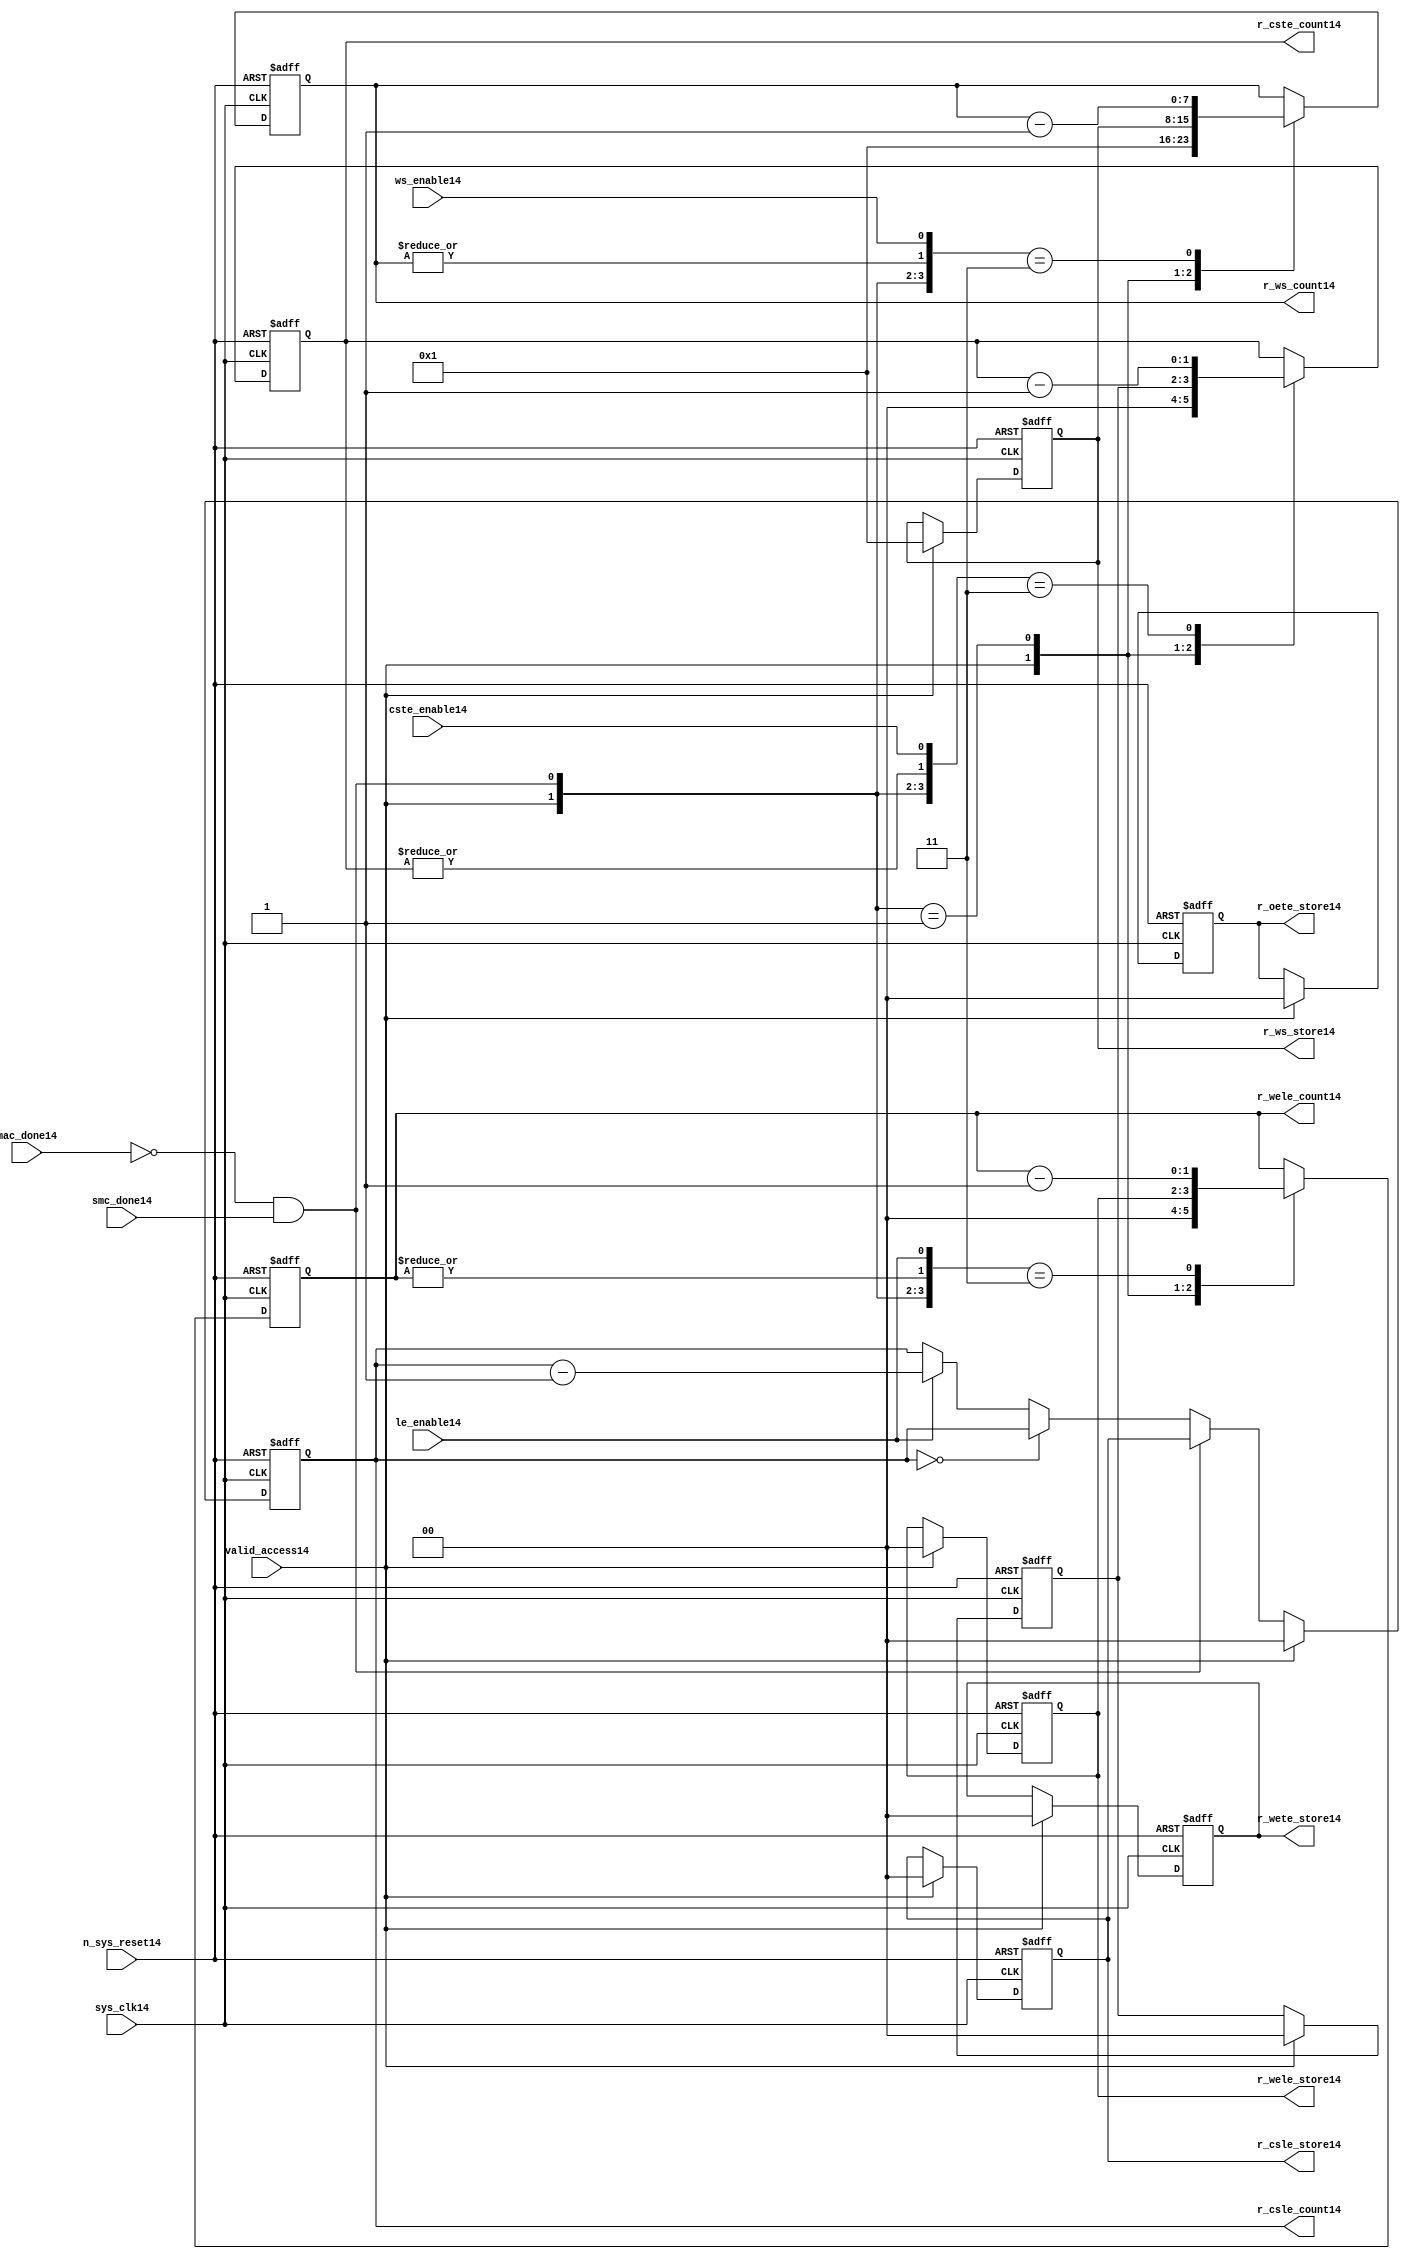
//File14 name   : smc_counter_lite14.v
//Title14       : 
//Created14     : 1999
//Description14 : Counter14 block.
//            : Static14 Memory Controller14.
//            : The counter block provides14 generates14 all cycle timings14
//            : The leading14 edge counts14 are individual14 2bit, loadable14,
//            : counters14. The wait state counter is a count down
//            : counter with a maximum size of 5 bits. The trailing14
//            : edge counts14 are registered for comparison14 with the
//            : wait state counter. The bus float14 (CSTE14) is a
//            : separate14 2bit counter. The initial count values are
//            : stored14 and reloaded14 into the counters14 if multiple
//            : accesses are required14.
//Notes14       : 
//----------------------------------------------------------------------
//   Copyright14 1999-2010 Cadence14 Design14 Systems14, Inc14.
//   All Rights14 Reserved14 Worldwide14
//
//   Licensed14 under the Apache14 License14, Version14 2.0 (the
//   "License14"); you may not use this file except14 in
//   compliance14 with the License14.  You may obtain14 a copy of
//   the License14 at
//
//       http14://www14.apache14.org14/licenses14/LICENSE14-2.0
//
//   Unless14 required14 by applicable14 law14 or agreed14 to in
//   writing, software14 distributed14 under the License14 is
//   distributed14 on an "AS14 IS14" BASIS14, WITHOUT14 WARRANTIES14 OR14
//   CONDITIONS14 OF14 ANY14 KIND14, either14 express14 or implied14.  See
//   the License14 for the specific14 language14 governing14
//   permissions14 and limitations14 under the License14.
//----------------------------------------------------------------------


module smc_counter_lite14  (
                     //inputs14

                     sys_clk14,
                     n_sys_reset14,
                     valid_access14,
                     mac_done14, 
                     smc_done14, 
                     cste_enable14, 
                     ws_enable14,
                     le_enable14, 

                     //outputs14

                     r_csle_count14,
                     r_wele_count14,
                     r_ws_count14,
                     r_ws_store14,
                     r_oete_store14,
                     r_wete_store14,
                     r_wele_store14,
                     r_cste_count14,
                     r_csle_store14);
   

//----------------------------------------------------------------------
// the Wait14 State14 Counter14
//----------------------------------------------------------------------
   
   
   // I14/O14
   
   input     sys_clk14;                  // AHB14 System14 clock14
   input     n_sys_reset14;              // AHB14 System14 reset (Active14 LOW14)
   
   input     valid_access14;             // load14 values are valid if high14
   input     mac_done14;                 // All cycles14 in a multiple access

   //  completed
   
   input                 smc_done14;   // one access completed
   input                 cste_enable14;// Enable14 CS14 Trailing14 Edge14 counter
   input                 ws_enable14;  // Enable14 Wait14 State14 counter
   input                 le_enable14;  // Enable14 all Leading14 Edge14 counters14
   
   // Counter14 outputs14
   
   output [1:0]             r_csle_count14;  //chip14 select14 leading14
                                             //  edge count
   output [1:0]             r_wele_count14;  //write strobe14 leading14 
                                             // edge count
   output [7:0] r_ws_count14;    //wait state count
   output [1:0]             r_cste_count14;  //chip14 select14 trailing14 
                                             // edge count
   
   // Stored14 counts14 for MAC14
   
   output [1:0]             r_oete_store14;  //read strobe14
   output [1:0]             r_wete_store14;  //write strobe14 trailing14 
                                              // edge store14
   output [7:0] r_ws_store14;    //wait state store14
   output [1:0]             r_wele_store14;  //write strobe14 leading14
                                             //  edge store14
   output [1:0]             r_csle_store14;  //chip14 select14  leading14
                                             //  edge store14
   
   
   // Counters14
   
   reg [1:0]             r_csle_count14;  // Chip14 select14 LE14 counter
   reg [1:0]             r_wele_count14;  // Write counter
   reg [7:0] r_ws_count14;    // Wait14 state select14 counter
   reg [1:0]             r_cste_count14;  // Chip14 select14 TE14 counter
   
   
   // These14 strobes14 finish early14 so no counter is required14. 
   // The stored14 value is compared with WS14 counter to determine14 
   // when the strobe14 should end.

   reg [1:0]    r_wete_store14;    // Write strobe14 TE14 end time before CS14
   reg [1:0]    r_oete_store14;    // Read strobe14 TE14 end time before CS14
   
   
   // The following14 four14 regisrers14 are used to store14 the configuration
   // during mulitple14 accesses. The counters14 are reloaded14 from these14
   // registers before each cycle.
   
   reg [1:0]             r_csle_store14;    // Chip14 select14 LE14 store14
   reg [1:0]             r_wele_store14;    // Write strobe14 LE14 store14
   reg [7:0] r_ws_store14;      // Wait14 state store14
   reg [1:0]             r_cste_store14;    // Chip14 Select14 TE14 delay
                                          //  (Bus14 float14 time)

   // wires14 used for meeting14 coding14 standards14
   
   wire         ws_count14;      //ORed14 r_ws_count14
   wire         wele_count14;    //ORed14 r_wele_count14
   wire         cste_count14;    //ORed14 r_cste_count14
   wire         mac_smc_done14;  //ANDed14 smc_done14 and not(mac_done14)
   wire [4:0]   case_cste14;     //concatenated14 signals14 for case statement14
   wire [4:0]   case_wele14;     //concatenated14 signals14 for case statement14
   wire [4:0]   case_ws14;       //concatenated14 signals14 for case statement14
   
   
   
   // Main14 Code14
   
//----------------------------------------------------------------------
// Counters14 (& Count14 Store14 for MAC14)
//----------------------------------------------------------------------


//----------------------------------------------------------------------
// WETE14 Store14
//----------------------------------------------------------------------

always @(posedge sys_clk14 or negedge n_sys_reset14)

begin   

   if (~(n_sys_reset14))
     
      r_wete_store14 <= 2'b00;
   
   
   else if (valid_access14)
     
      r_wete_store14 <= 2'b0;
   
   else
     
      r_wete_store14 <= r_wete_store14;

end
   
//----------------------------------------------------------------------
// OETE14 Store14
//----------------------------------------------------------------------

always @(posedge sys_clk14 or negedge n_sys_reset14)

begin   

   if (~(n_sys_reset14))
     
      r_oete_store14 <= 2'b00;
   
   
   else if (valid_access14)
     
      r_oete_store14 <= 2'b0;
   
   else

      r_oete_store14 <= r_oete_store14;

end
   
//----------------------------------------------------------------------
// CSLE14 Store14
//----------------------------------------------------------------------

always @(posedge sys_clk14 or negedge n_sys_reset14)

begin   

   if (~(n_sys_reset14))
     
      r_csle_store14 <= 2'b00;
   
   
   else if (valid_access14)
     
      r_csle_store14 <= 2'b00;
   
   else
     
      r_csle_store14 <= r_csle_store14;

end
   
//----------------------------------------------------------------------
// CSLE14 Counter14
//----------------------------------------------------------------------

always @(posedge sys_clk14 or negedge n_sys_reset14)

begin   

   if (~(n_sys_reset14))
     
      r_csle_count14 <= 2'b00;
   
   
   else
   begin
        
      if (valid_access14)
        
         r_csle_count14 <= 2'b00;
      
      else if (~(mac_done14) & smc_done14)
        
         r_csle_count14 <= r_csle_store14;
      
      else if (r_csle_count14 == 2'b00)
        
         r_csle_count14 <= r_csle_count14;
      
      else if (le_enable14)               
        
         r_csle_count14 <= r_csle_count14 - 2'd1;
      
      else
        
          r_csle_count14 <= r_csle_count14;
      
     end

end
   
   
//----------------------------------------------------------------------
// CSTE14 Store14
//----------------------------------------------------------------------

always @(posedge sys_clk14 or negedge n_sys_reset14)

begin   

   if (~(n_sys_reset14))

      r_cste_store14 <= 2'b00;

   else if (valid_access14)

      r_cste_store14 <= 2'b0;

   else

      r_cste_store14 <= r_cste_store14;

end
   
   
   
//----------------------------------------------------------------------
//concatenation14 of signals14 to avoid using nested14 ifs14
//----------------------------------------------------------------------

 assign mac_smc_done14 = (~(mac_done14) & smc_done14);
 assign cste_count14   = (|r_cste_count14);           //checks14 for count = 0
 assign case_cste14   = {1'b0,valid_access14,mac_smc_done14,cste_count14,
                       cste_enable14};
   
//----------------------------------------------------------------------
//CSTE14 COUNTER14
//----------------------------------------------------------------------

always @(posedge sys_clk14 or negedge n_sys_reset14)

begin   

   if (~(n_sys_reset14))

      r_cste_count14 <= 2'b00;

   else 
   begin
      casex(case_cste14)
           
        5'b1xxxx:        r_cste_count14 <= r_cste_count14;

        5'b01xxx:        r_cste_count14 <= 2'b0;

        5'b001xx:        r_cste_count14 <= r_cste_store14;

        5'b0000x:        r_cste_count14 <= r_cste_count14;

        5'b00011:        r_cste_count14 <= r_cste_count14 - 2'd1;

        default :        r_cste_count14 <= r_cste_count14;

      endcase // casex(w_cste_case14)
      
   end
   
end

//----------------------------------------------------------------------
// WELE14 Store14
//----------------------------------------------------------------------

always @(posedge sys_clk14 or negedge n_sys_reset14)

begin   

   if (~(n_sys_reset14))

      r_wele_store14 <= 2'b00;


   else if (valid_access14)

      r_wele_store14 <= 2'b00;

   else

      r_wele_store14 <= r_wele_store14;

end
   
   
   
//----------------------------------------------------------------------
//concatenation14 of signals14 to avoid using nested14 ifs14
//----------------------------------------------------------------------
   
   assign wele_count14   = (|r_wele_count14);         //checks14 for count = 0
   assign case_wele14   = {1'b0,valid_access14,mac_smc_done14,wele_count14,
                         le_enable14};
   
//----------------------------------------------------------------------
// WELE14 Counter14
//----------------------------------------------------------------------

always @(posedge sys_clk14 or negedge n_sys_reset14)

begin   
   if (~(n_sys_reset14))

      r_wele_count14 <= 2'b00;

   else
   begin

      casex(case_wele14)

        5'b1xxxx :  r_wele_count14 <= r_wele_count14;

        5'b01xxx :  r_wele_count14 <= 2'b00;

        5'b001xx :  r_wele_count14 <= r_wele_store14;

        5'b0000x :  r_wele_count14 <= r_wele_count14;

        5'b00011 :  r_wele_count14 <= r_wele_count14 - (2'd1);

        default  :  r_wele_count14 <= r_wele_count14;

      endcase // casex(case_wele14)

   end

end
   
//----------------------------------------------------------------------
// WS14 Store14
//----------------------------------------------------------------------

always @(posedge sys_clk14 or negedge n_sys_reset14)
  
begin   

   if (~(n_sys_reset14))

      r_ws_store14 <= 8'd0;


   else if (valid_access14)

      r_ws_store14 <= 8'h01;

   else

      r_ws_store14 <= r_ws_store14;

end
   
   
   
//----------------------------------------------------------------------
//concatenation14 of signals14 to avoid using nested14 ifs14
//----------------------------------------------------------------------
   
   assign ws_count14   = (|r_ws_count14); //checks14 for count = 0
   assign case_ws14   = {1'b0,valid_access14,mac_smc_done14,ws_count14,
                       ws_enable14};
   
//----------------------------------------------------------------------
// WS14 Counter14
//----------------------------------------------------------------------

always @(posedge sys_clk14 or negedge n_sys_reset14)

begin   

   if (~(n_sys_reset14))

      r_ws_count14 <= 8'd0;

   else  
   begin
   
      casex(case_ws14)
 
         5'b1xxxx :  
            r_ws_count14 <= r_ws_count14;
        
         5'b01xxx :
            r_ws_count14 <= 8'h01;
        
         5'b001xx :  
            r_ws_count14 <= r_ws_store14;
        
         5'b0000x :  
            r_ws_count14 <= r_ws_count14;
        
         5'b00011 :  
            r_ws_count14 <= r_ws_count14 - 8'd1;
        
         default  :  
            r_ws_count14 <= r_ws_count14;

      endcase // casex(case_ws14)
      
   end
   
end  
   
   
endmodule